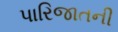
પારિજાતની